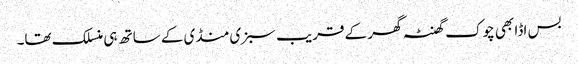
بس اڈا بھی چوک گھنٹہ گھر کے قریب سبزی منڈی کے ساتھ ہی منسلک تھا۔